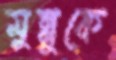
মুন্নুকে